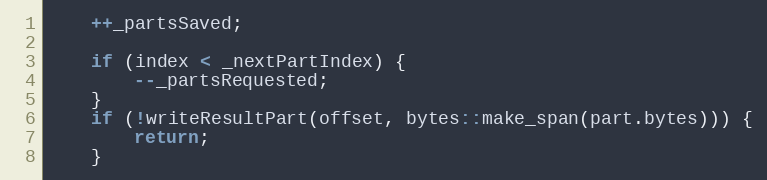
Language: C++
	++_partsSaved;

	if (index < _nextPartIndex) {
		--_partsRequested;
	}
	if (!writeResultPart(offset, bytes::make_span(part.bytes))) {
		return;
	}